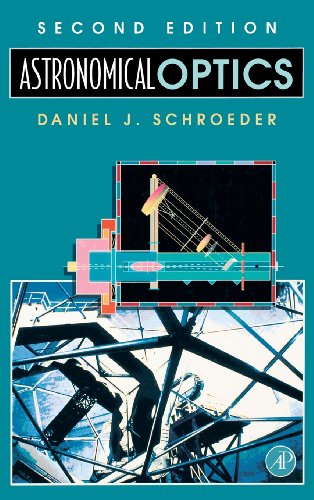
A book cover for Astronomical Optics, Second Edition; Daniel J. Schroeder; Science & Math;